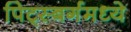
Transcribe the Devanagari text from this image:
पिट्स्बर्गमध्ये